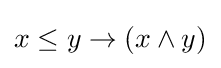
x\leq y\to (x\land y)